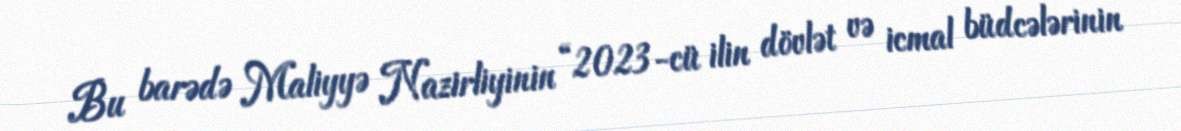
Bu barədə Maliyyə Nazirliyinin “2023-cü ilin dövlət və icmal büdcələrinin